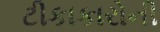
ટીકાકારોની